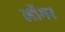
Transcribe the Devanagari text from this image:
लॉगर